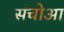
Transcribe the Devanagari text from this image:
संचोआ